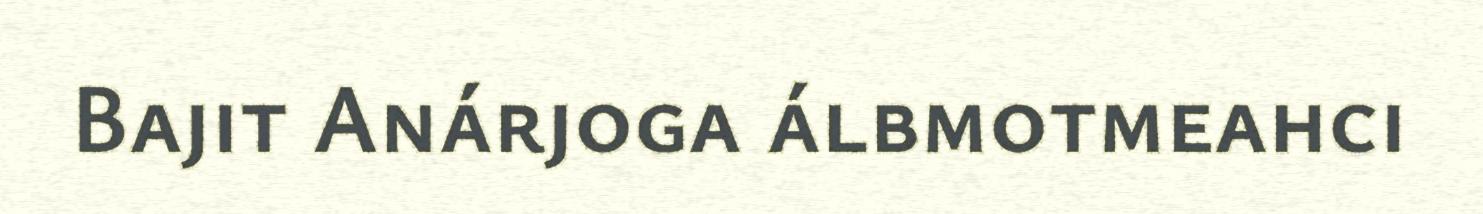
Bajit Anárjoga álbmotmeahci